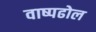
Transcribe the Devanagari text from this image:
वाष्पढोल